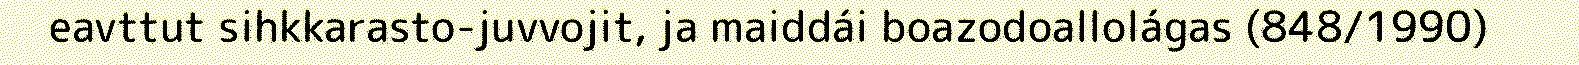
eavttut sihkkarasto-juvvojit, ja maiddái boazodoallolágas (848/1990)